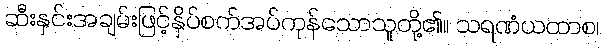
ဆီးနှင်းအချမ်းဖြင့်နှိပ်စက်အပ်ကုန်သောသူတို့၏။ သရဏံယထာစ၊